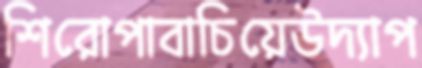
শিরোপাবাচিয়েউদ্যাপ